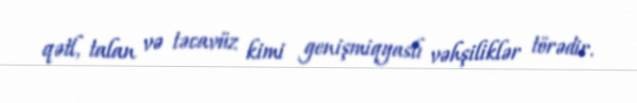
qətl, talan və təcavüz kimi genişmiqyaslı vəhşiliklər törədir.